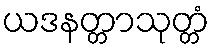
ယဒနတ္တာသုတ္တံ